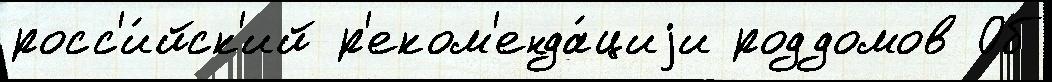
росс'и́йск'ий р'еком'енда́циjи роддомов Об